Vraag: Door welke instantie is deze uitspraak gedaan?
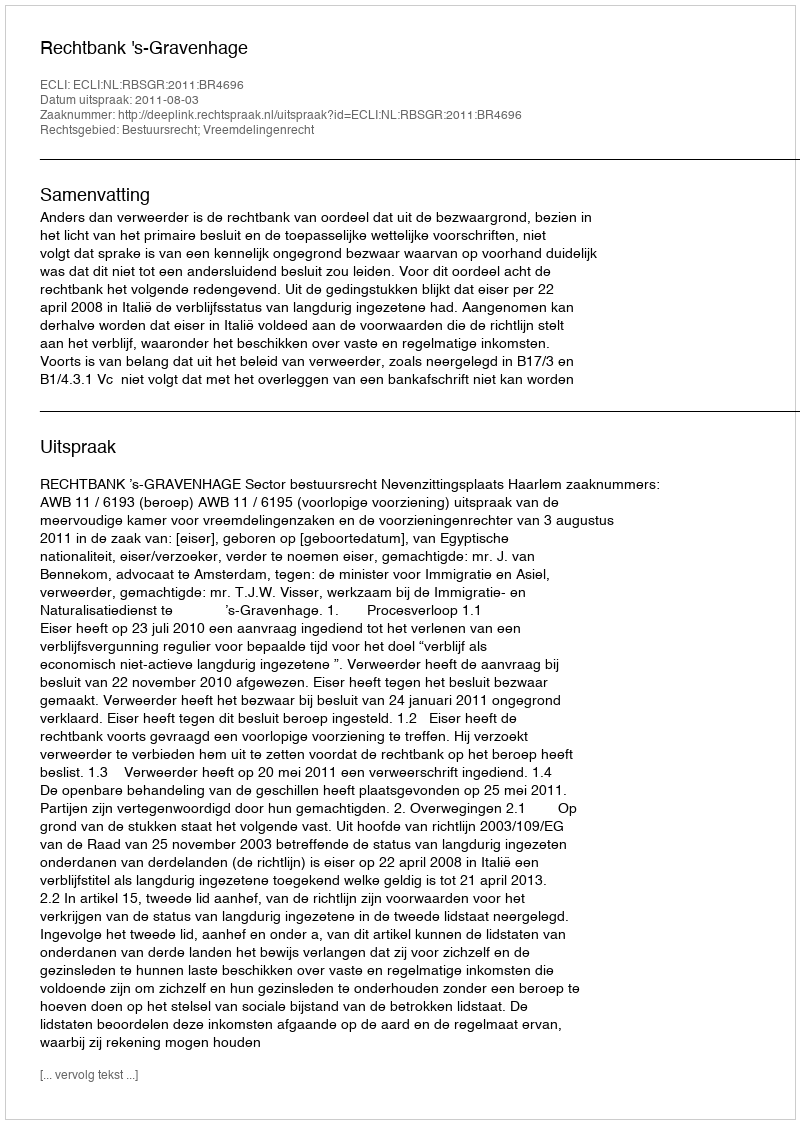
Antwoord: Rechtbank 's-Gravenhage